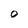
Character: O